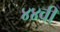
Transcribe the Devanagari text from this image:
४४वीं